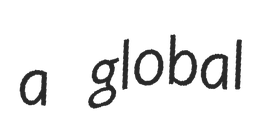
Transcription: a global